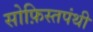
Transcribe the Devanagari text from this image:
सोफ़िस्तपंथी